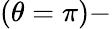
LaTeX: (\theta=\pi)-